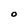
Character: O